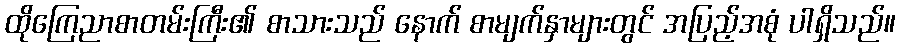
ထိုကြေညာစာတမ်းကြီး၏ စာသားသည် နောက် စာမျက်နှာများတွင် အပြည့်အစုံ ပါရှိသည်။